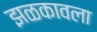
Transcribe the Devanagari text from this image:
झळकावला